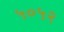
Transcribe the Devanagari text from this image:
५०५२